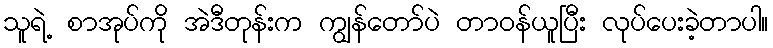
သူရဲ့ စာအုပ်ကို အဲဒီတုန်းက ကျွန်တော်ပဲ တာဝန်ယူပြီး လုပ်ပေးခဲ့တာပါ။